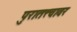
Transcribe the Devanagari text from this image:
पुरातत्त्वावर